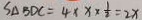
S _ { \Delta B D C } = 4 \times x \times \frac { 1 } { 2 } = 2 x